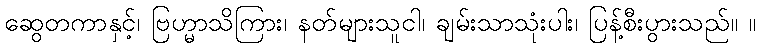
ဆွေတကာနှင့်၊ ဗြဟ္မာသိကြား၊ နတ်များသူငါ၊ ချမ်းသာသုံးပါး၊ ပြန့်စီးပွားသည်။ ။